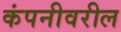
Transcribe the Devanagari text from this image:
कंपनीवरील